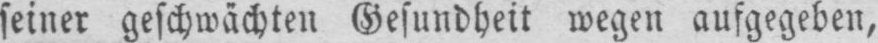
seiner geschwächten Gesundheit wegen aufgegeben,